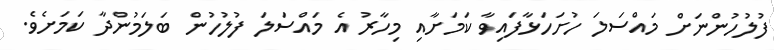
ފުލުހުންނަށް މައްސަލަ ހުށަހަޅާފައިވާ ކަމަށާއި މިހާރު އެ މައްސަލަ ފުލުހުން ބަލަމުންދާ ކަމަށެވެ.